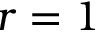
r = 1